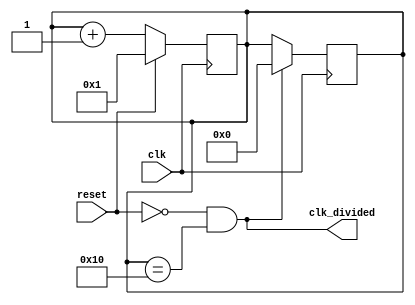
// This program was cloned from: https://github.com/RustamSubkhankulov/verilog-labs
// License: MIT License

module clock_div #(parameter X = 16)(
  
  /* Non-divided input signal */
  input wire clk,

  /* Reset signal */
  input wire reset,

  /* Divided result signal */
  output wire clk_divided
);

/* Divider counter */
reg [$clog2(X):0]cnt = 0;

/* Rise output signal every X input clocks */
assign clk_divided = !reset && (cnt == X);

always @(posedge clk) begin

  /* 
   * Increment counter every input clock 
   * Reset divider counter on reset signal
   */
  cnt <= (reset)? 1 : cnt + 1;
end

always @(negedge clk) begin
  
  /* 
   * Make output clock signal the 
   * same width as input clocking 
   */
  if (clk_divided)
    cnt <= 0;
end

endmodule